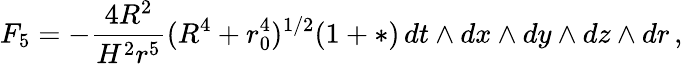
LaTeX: F_{5}=-{\frac{4R^{2}}{H^{2}r^{5}}}(R^{4}+r_{0}^{4})^{1/2}(1+*)\, dt\wedge dx\wedge dy\wedge dz\wedge dr\, ,